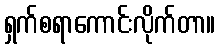
ရှက်စရာကောင်းလိုက်တာ။